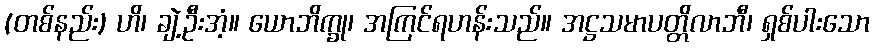
(တစ်နည်း) ဟိ၊ ချဲ့ဦးအံ့။ ယောဘိက္ခု၊ အကြင်ရဟန်းသည်။ အဋ္ဌသမာပတ္တိလာဘီ၊ ရှစ်ပါးသော